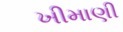
ખીમાણી